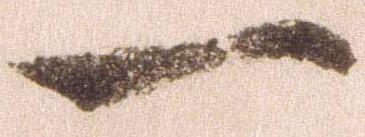
一